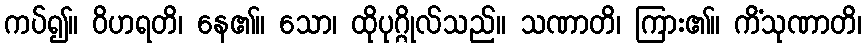
ကပ်၍။ ဝိဟရတိ၊ နေ၏။ သော၊ ထိုပုဂ္ဂိုလ်သည်။ သဏာတိ၊ ကြား၏။ ကိံသုဏာတိ၊